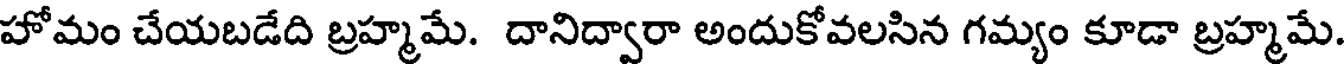
హోమం చేయబడేది బ్రహ్మమే. దానిద్వారా అందుకోవలసిన గమ్యం కూడా బ్రహ్మమే.